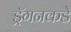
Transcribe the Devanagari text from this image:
ड्रॅगनकडे